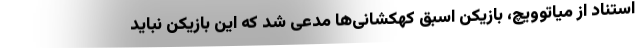
استناد از میاتوویچ، بازیکن اسبق کهکشانی‌ها مدعی شد که این بازیکن نباید